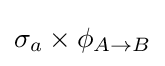
{\textstyle \sigma _{a}\times \phi _{A\rightarrow B}}